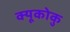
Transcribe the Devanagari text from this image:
क्यूकोकु